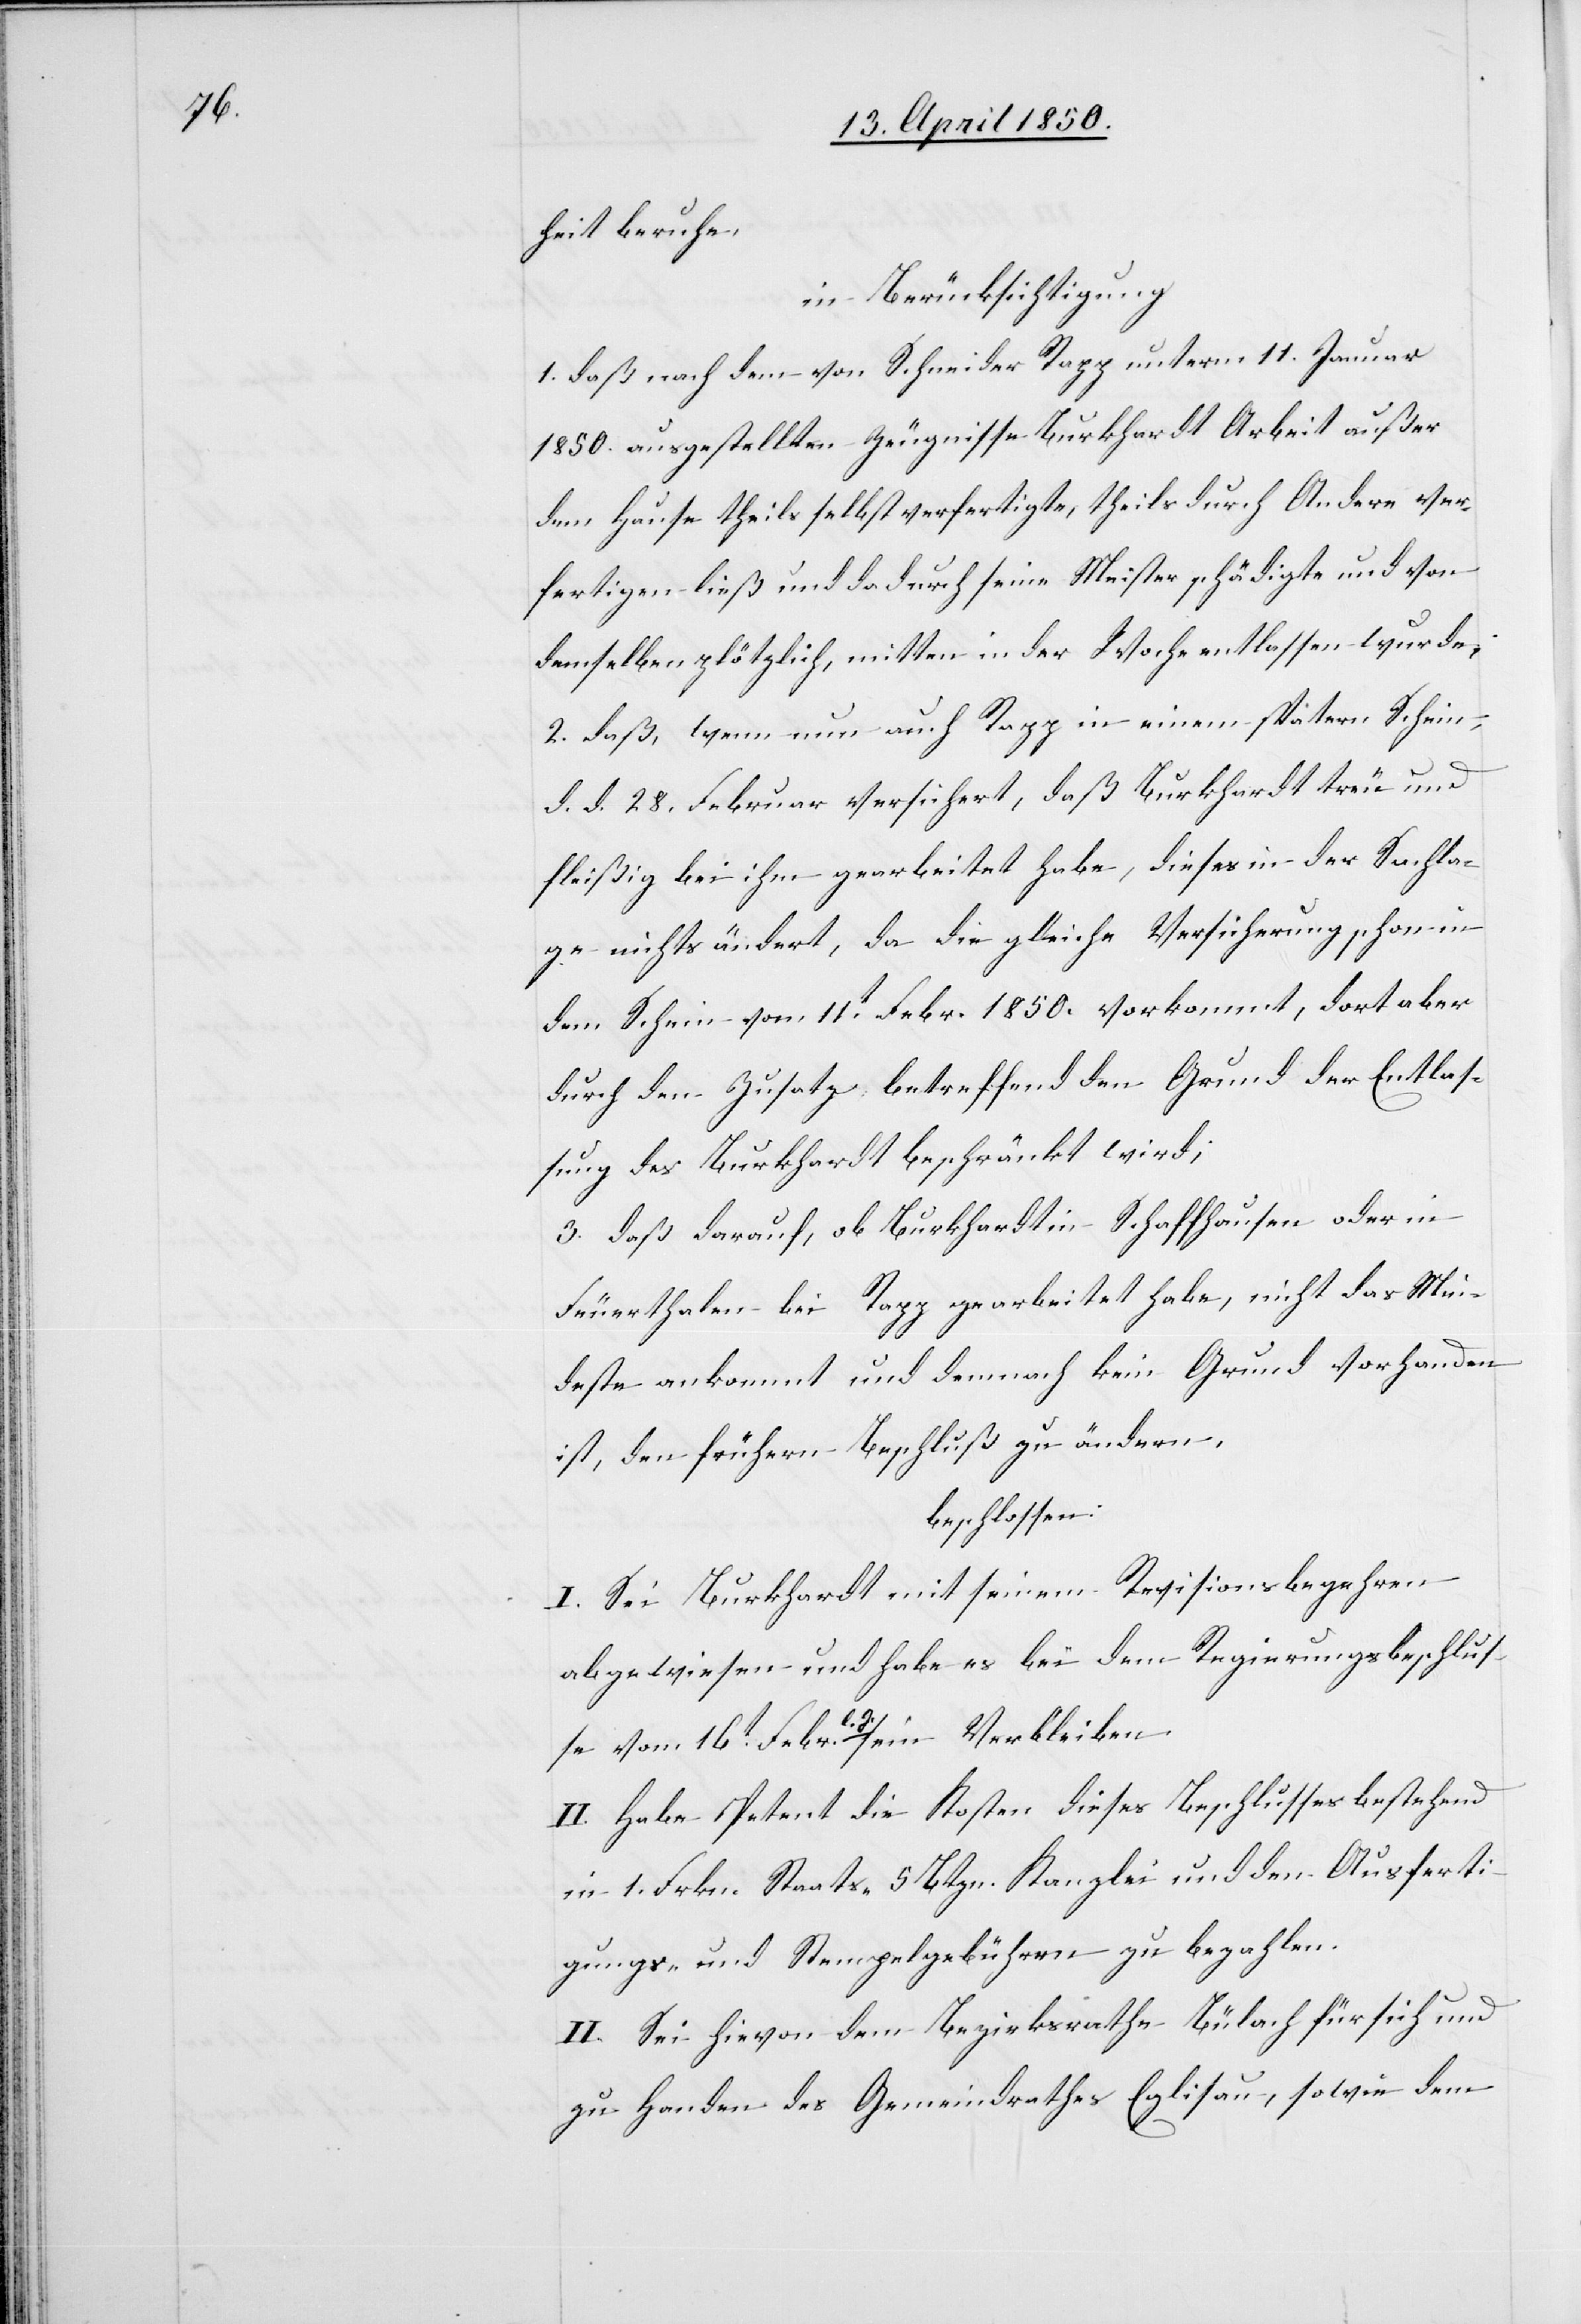
heit beruhe,
in Berücksichtigung
1. daß nach dem von Schneider Rapp unterm 11. Januar
1850. ausgestellten Zeugnisse Burkhardt Arbeit außer
dem Hause theils selbst verfertigte, theils durch Andere ver¬
fertigen ließ und dadurch seine Meister schädigte und von
demselben plötzlich, mitten in der Woche entlassen wurde;
2. daß, wenn nun auch Rapp in einem spätern Schein
d. d. 28. Februar versichert, daß Burkhardt treu und
fleißig bei ihm gearbeitet habe, dieses in der Sachla¬
ge nichts ändert, da die gleiche Versicherung schon in
dem Schein vom 11t Febr. 1850. vorkommt, dort aber
durch den Zusatz betreffend den Grund der Entlas¬
sung des Burkhardt beschränkt wird;
3. daß darauf, ob Burkhardt in Schaffhausen oder in
Feuerthalen bei Rapp gearbeitet habe, nicht das Min¬
deste ankommt und demnach kein Grund vorhanden
ist, den frühern Beschluß zu ändern,
beschlossen:
I. Sei Burkhardt mit seinem Revisionsbegehren
abgewiesen und habe es bei dem Regierungsbeschlus¬
se vom 16t Febr l. J. sein Verbleiben.
II. Habe Petent die Kosten dieses Beschlusses bestehend
in 1. Frkn. Staats-[,] 5 Btzn. Kanzlei[-] und den Ausferti¬
gungs- und Stempelgebühren zu bezahlen.
III.] Sei hievon dem Bezirksrathe Bülach für sich und
zu Handen des Gemeindrathes Eglisau, sowie dem